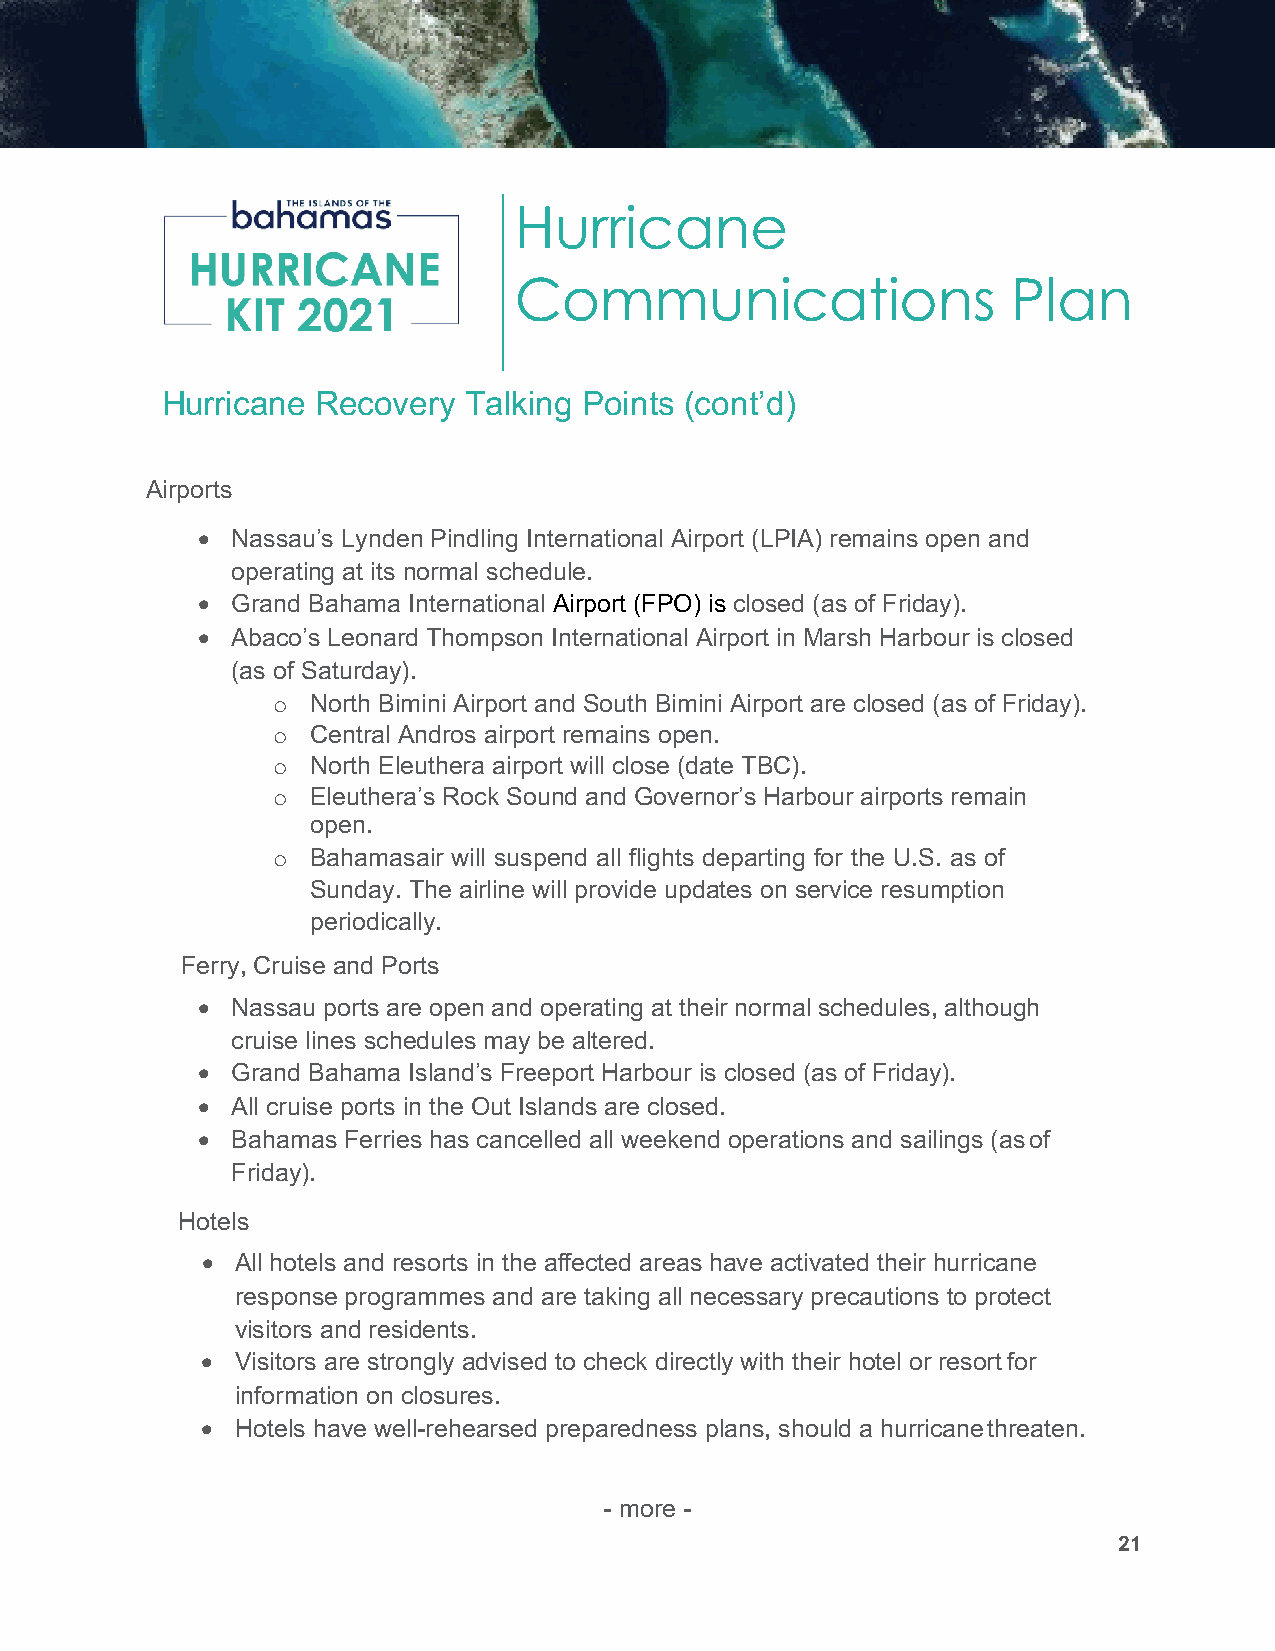
Hurricane
 Communications                   Plan
 Hurricane Recovery  Talking Points (cont’d)
 Airports
 • Nassau’s Lynden Pindling International Airport (LPIA) remains open and
 operating at its normal schedule.
 • Grand Bahama International Airport (FPO) is closed (as of Friday).
 • Abaco’s Leonard Thompson International Airport in Marsh Harbour is closed
 (as of Saturday).
 o  North Bimini Airport and South Bimini Airport are closed (as of Friday).
 o  Central Andros airport remains open.
 o  North Eleuthera airport will close (date TBC).
 o  Eleuthera’s Rock Sound and Governor’s Harbour airports remain
 open.
 o  Bahamasair will suspend all flights departing for the U.S. as of
 Sunday. The airline will provide updates on service resumption
 periodically.
 Ferry, Cruise and Ports
 • Nassau ports are open and operating at their normal schedules, although
 cruise lines schedules may be altered.
 • Grand Bahama Island’s Freeport Harbour is closed (as of Friday).
 • All cruise ports in the Out Islands are closed.
 • Bahamas Ferries has cancelled all weekend operations and sailings (as of
 Friday).
 Hotels
 •  All hotels and resorts in the affected areas have activated their hurricane
 response programmes and are taking all necessary precautions to protect
 visitors and residents.
 •  Visitors are strongly advised to check directly with their hotel or resort for
 information on closures.
 •  Hotels have well-rehearsed preparedness plans, should a hurricane threaten.
 - more -
 21